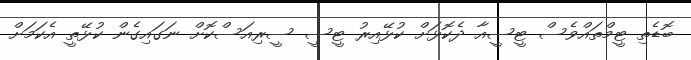
ބޮޑެތި ޓީމްތައްވެސް ޓީސީއާ ދެކޮޅަށް ކުޅޭއިރު ޓީސީ ސީރިއަސްކޮށް ނަގައިގެން ކުޅޭތީ އެކަމަށް